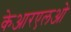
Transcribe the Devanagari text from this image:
केआरएलओ